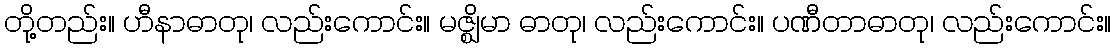
တို့တည်း။ ဟီနာဓာတု၊ လည်းကောင်း။ မဇ္ဈိမာ ဓာတု၊ လည်းကောင်း။ ပဏီတာဓာတု၊ လည်းကောင်း။